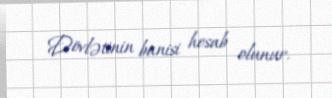
Dövlətinin banisi hesab olunur.